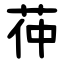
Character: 茽